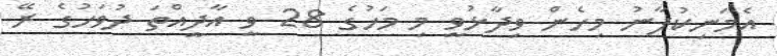
އެމަނިކުފާނު މިހެން ވިދާޅުވީ މި މަހުގެ 28 ވީ އާދީއްތަ ދުވަހުގެ ރޭ